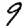
Digit: 9